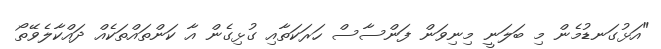
"އަޅުގަނޑުމެން މި ބަލަނީ މިނިވަން ފަންސާސް ހަރަކަތާއި ގުޅިގެން އާ ކަންތައްތަކެއްް ދައްކާލެވޭތޯ